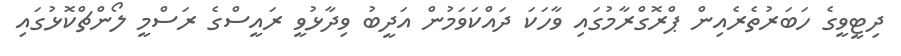
ދިޓީވީގެ ހަބަރުތެރެއިން ޕްރޮގްރާމުގައި ވާހަކަ ދައްކަވަމުން އަދީބު ވިދާޅުވީ ރައީސްގެ ރަސްމީ ލޯންޗްކޮޅުގައި